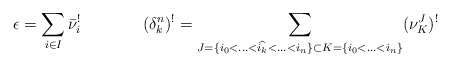
\begin{align*}\epsilon=\sum_{i \in I} \bar{\nu}_i^! & \; & (\delta^n_k)^!=\sum_{J=\{i_0<\hdots<\widehat{i_k}<\hdots<i_n\} \subset K=\{i_0<\hdots<i_n\}} (\nu_{K}^J)^!\end{align*}